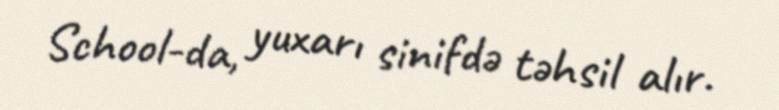
School-da, yuxarı sinifdə təhsil alır.